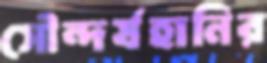
সৌন্দর্যহানির